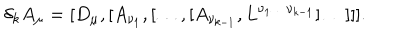
LaTeX: \delta _ { k } A _ { \mu } = [ D _ { \mu } , [ A _ { \nu _ { 1 } } , [ \ldots , [ A _ { \nu _ { k - 1 } } , L ^ { \nu _ { 1 } \ldots \nu _ { k - 1 } } ] \ldots ] ] ] .